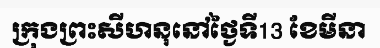
ក្រុងព្រះសីហនុនៅថ្ងៃទី13 ខែមីនា